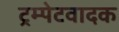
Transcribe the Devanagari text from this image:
ट्रम्पेटवादक